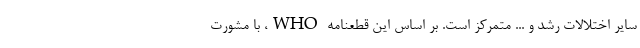
سایر اختلالات رشد و ... متمرکز است. بر اساس این قطعنامه WHO، با مشورت